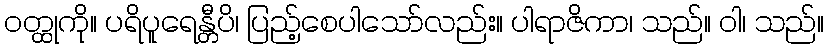
ဝတ္ထုကို။ ပရိပူရေန္တီပိ၊ ပြည့်စေပါသော်လည်း။ ပါရာဇိကာ၊ သည်။ ဝါ၊ သည်။